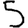
Digit: 5